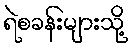
ရဲစခန်းများသို့